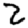
Digit: 2